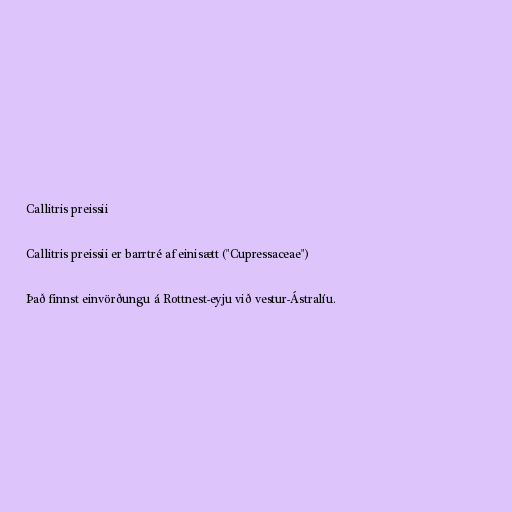
Callitris preissii

Callitris preissii er barrtré af einisætt ("Cupressaceae")

Það finnst einvörðungu á Rottnest-eyju við vestur-Ástralíu.